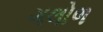
ગલોળ